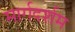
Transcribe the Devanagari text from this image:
मार्गदर्शम